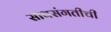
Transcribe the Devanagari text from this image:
साथसंगतीची